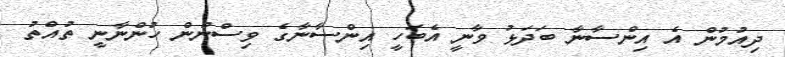
ދިއުމުން އެ އިންސާނާ ބަދަޅު ވާނީ އެބަހީ އިންސާނާގެ ވިސްނުން ހުންނާނީ ތުއްތު